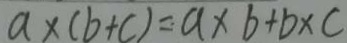
a \times ( b + c ) = a \times b + b \times c